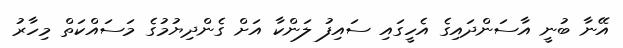
އޭނާ ބުނީ އާސަންދައިގެ އެހީގައި ސައިފު ލަންކާ އަށް ގެންދިޔުމުގެ މަސައްކަތް މިހާރު